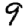
Digit: 9